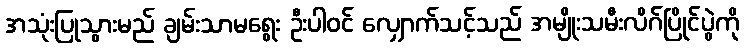
အသုံးပြုသွားမည် ချမ်းသာမရွေး ဦးပါဝင် လျှောက်သင့်သည် အမျိုးသမီးလိဂ်ပြိုင်ပွဲကို